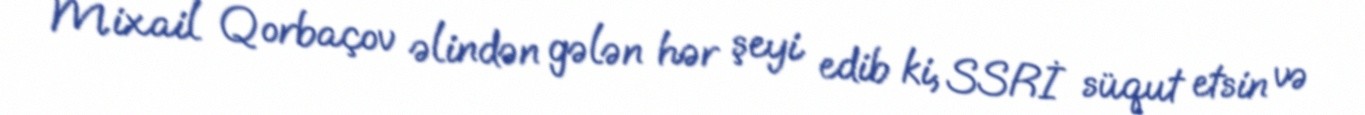
Mixail Qorbaçov əlindən gələn hər şeyi edib ki, SSRİ süqut etsin və